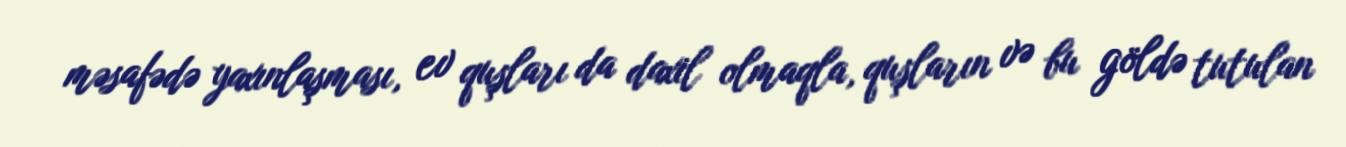
məsafədə yaxınlaşması, ev quşları da daxil olmaqla, quşların və bu göldə tutulan